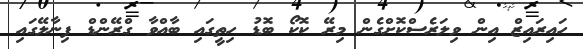
ހައިރައިޒް އިން ވިލަރެސްކޮށްގެން މިރޭ ކޮކޯ ބޮޑު ހިތީގައި ބާއްވާ ގްރޭންޑް ފިނާލޭގައި